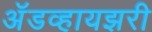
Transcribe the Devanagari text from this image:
अॅडव्हायझरी